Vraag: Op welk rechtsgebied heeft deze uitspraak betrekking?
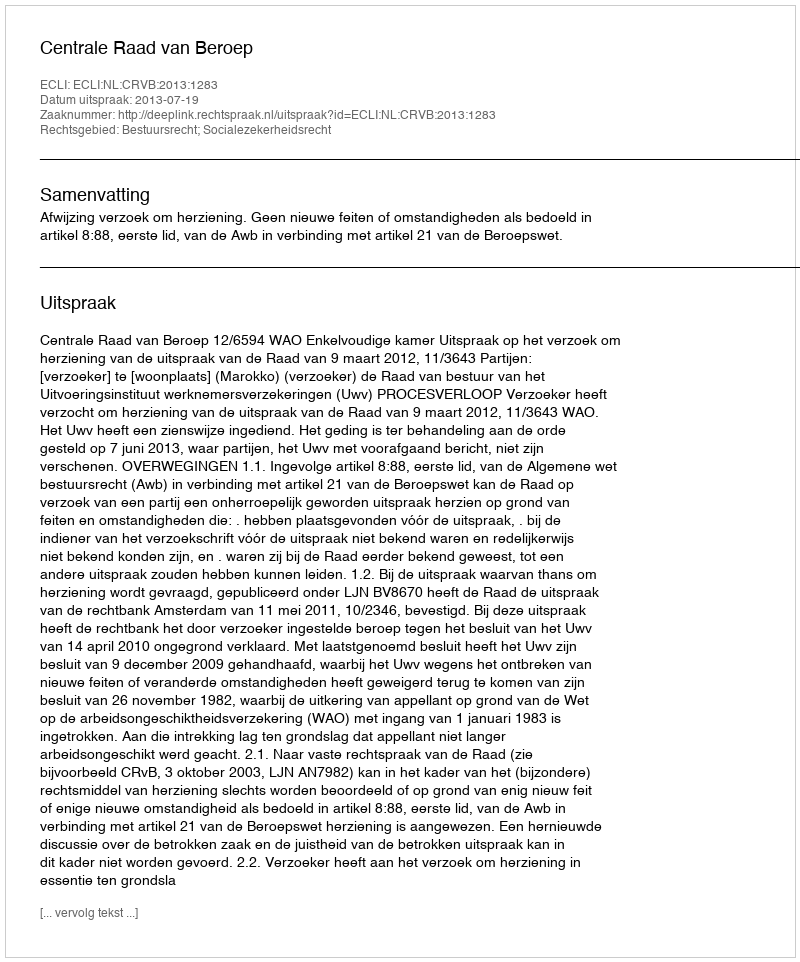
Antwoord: Bestuursrecht; Socialezekerheidsrecht